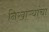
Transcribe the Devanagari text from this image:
निखाऱ्यांचा